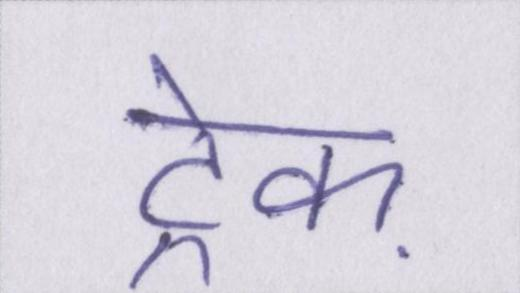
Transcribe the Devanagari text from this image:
ट्रेक